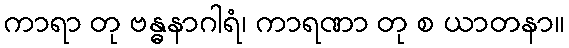
ကာရာ တု ဗန္ဓနာဂါရံ၊ ကာရဏာ တု စ ယာတနာ။